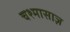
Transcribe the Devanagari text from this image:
चश्मासाज़